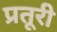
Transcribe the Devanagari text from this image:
प्रतूरी